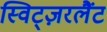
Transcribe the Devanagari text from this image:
स्विट्ज़रलैंट